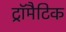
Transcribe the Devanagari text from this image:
ट्रॉमैटिक